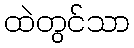
ထဲတွင်သာ